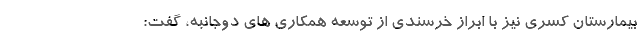
بیمارستان کسری نیز با ابراز خرسندی از توسعه همکاری های دوجانبه، گفت: